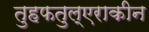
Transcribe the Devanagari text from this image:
तुहफतुल्एराकीन